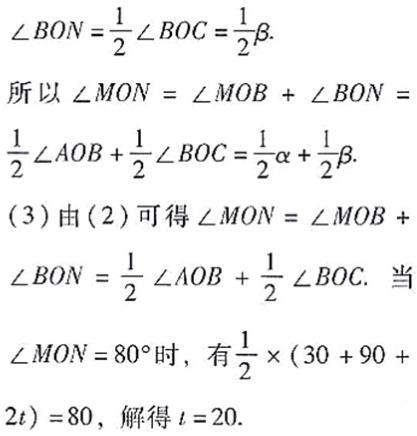
\[
\begin{align*}
\angle BON&=\frac{1}{2}\angle BOC=\frac{1}{2}\beta.\\
\text{所以 }\angle MON&=\angle MOB+\angle BON =\\
\frac{1}{2}\angle AOB+\frac{1}{2}\angle BOC&=\frac{1}{2}\alpha+\frac{1}{2}\beta.\\
(3)\text{ 由 }(2)\text{ 可得 }\angle MON&=\angle MOB +\\
\angle BON&=\frac{1}{2}\angle AOB+\frac{1}{2}\angle BOC. \text{ 当 }\\
\angle MON = 80^{\circ}\text{ 时, 有 }\frac{1}{2}\times(30 + 90+2t)&=80,\text{ 解得 }t = 20.
\end{align*}
\]